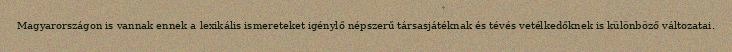
Magyarországon is vannak ennek a lexikális ismereteket igénylő népszerű társasjátéknak és tévés vetélkedőknek is különböző változatai.